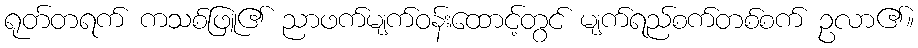
ရုတ်တရက် ကသစ်ဖြူ၏ ညာဖက်မျက်ဝန်းထောင့်တွင် မျက်ရည်စက်တစ်စက် ဥလာ၏။